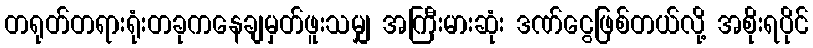
တရုတ်တရားရုံးတခုကနေချမှတ်ဖူးသမျှ အကြီးမားဆုံး ဒဏ်ငွေဖြစ်တယ်လို့ အစိုးရပိုင်